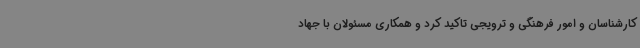
کارشناسان و امور فرهنگی و ترویجی تاکید کرد و همکاری مسئولان با جهاد